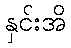
နှင်းအိ